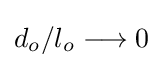
d_{o}/l_{o}\longrightarrow 0